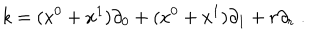
k = ( x ^ { 0 } + x ^ { 1 } ) \partial _ { 0 } + ( x ^ { 0 } + x ^ { 1 } ) \partial _ { 1 } + r \partial _ { r } \; .